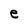
Character: e